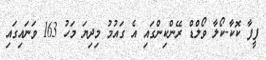
ފީފާ ކޮކާ-ކޯލާ ވޯލްޑް ރޭންކިންގައި އެ ގައުމު މިދިޔަ މަހު 163 ވަނައިގައި